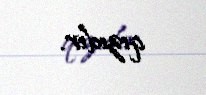
qızıdır.